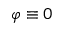
\varphi \equiv 0